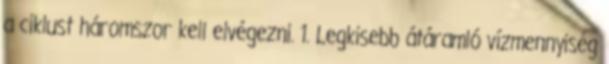
a ciklust háromszor kell elvégezni. 1. Legkisebb átáramló vízmennyiség